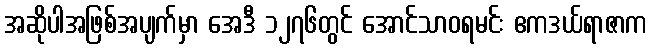
အဆိုပါအဖြစ်အပျက်မှာ အေဒီ ၁၂၇၆တွင် အောင်သာဝရမင်း ဧကဒယ်ရာဇာက